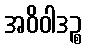
အဝိဝါဒဉ္စ